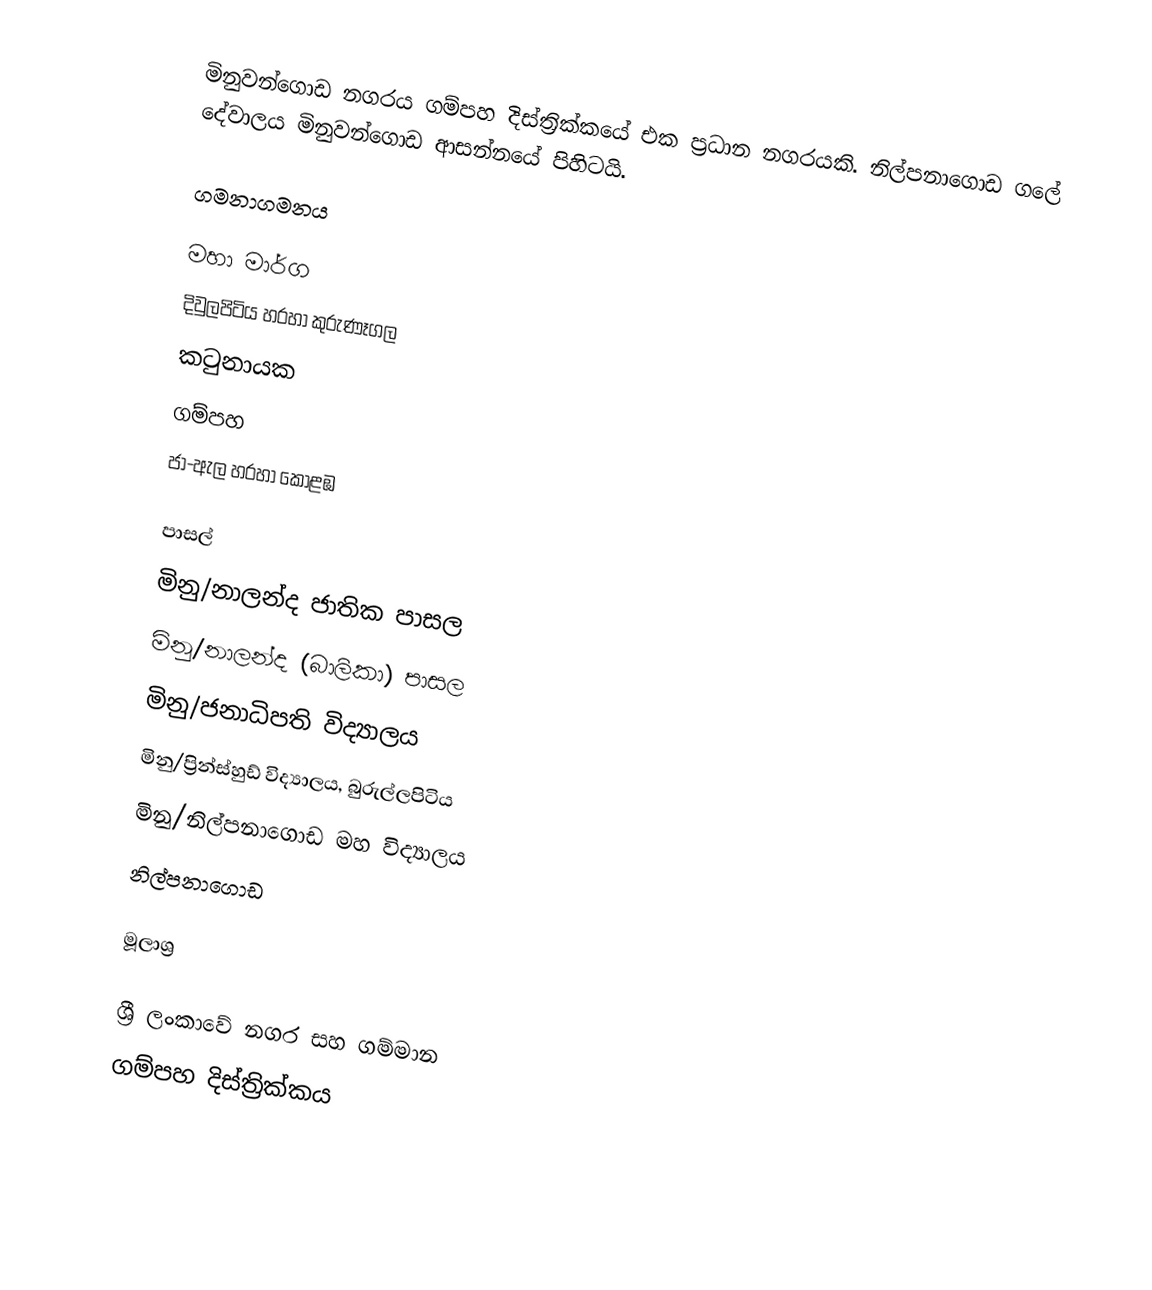
මිනුවන්ගොඩ නගරය ගම්පහ දිස්ත්‍රික්කයේ එක ප්‍රධාන නගරයකි. නිල්පනාගොඩ ගලේ දේවාලය මිනුවන්ගොඩ ආසන්නයේ පිහිටයි.

ගමනාගමනය

මහා මාර්ග
 දිවුලපිටිය හරහා කුරුණෑගල
 කටුනායක
 ගම්පහ
 ජා-ඇල හරහා කොළඹ

පාසල්
 මිනු/නාලන්ද ජාතික පාසල
 මිනු/නාලන්ද (බාලිකා) පාසල
 මිනු/ජනාධිපති විද්‍යාලය
 මිනු/ප්‍රින්ස්හුඩ් විද්‍යාලය, බුරුල්ලපිටිය
 මිනු/නිල්පනාගොඩ මහ විද්‍යාලය
  නිල්පනාගොඩ

මූලාශ්‍ර

ශ්‍රී ලංකාවේ නගර සහ ගම්මාන
ගම්පහ දිස්ත්‍රික්කය